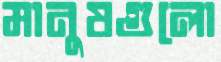
মানুষগুলো